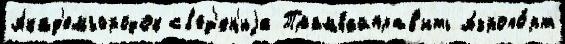
Акад'емгородок св'ед'ен'иjа Трамвайправ'ить Аэропо́рт